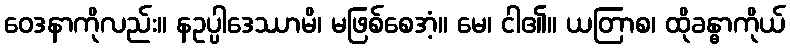
ဝေဒနာကိုလည်း။ နဥပ္ပါဒေဿာမိ၊ မဖြစ်စေအံ့။ မေ၊ ငါ၏။ ယတြာစ၊ ထိုခန္ဓာကိုယ်